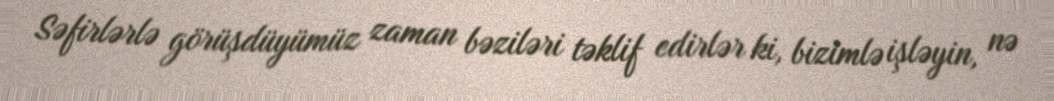
Səfirlərlə görüşdüyümüz zaman bəziləri təklif edirlər ki, bizimlə işləyin, nə